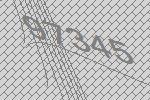
97345